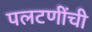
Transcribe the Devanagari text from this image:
पलटणींची